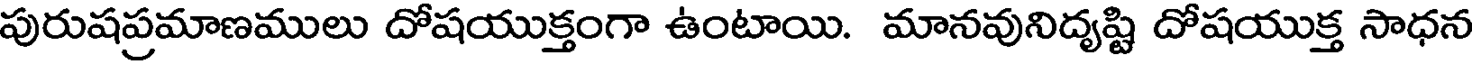
పురుషప్రమాణములు దోషయుక్తంగా ఉంటాయి. మానవునిద్యష్టి దోషయుక్త సాధన